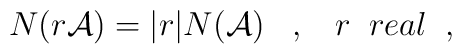
N(r{\cal A})= \vert r \vert N({\cal A}) \; \; \; , \; \; \; r \; \; real\; \;,